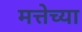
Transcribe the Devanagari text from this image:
मत्तेच्या